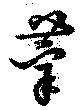
莘